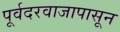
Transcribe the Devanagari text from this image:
पूर्वदरवाजापासून